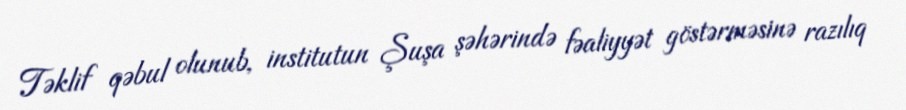
Təklif qəbul olunub, institutun Şuşa şəhərində fəaliyyət göstərməsinə razılıq